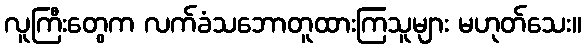
လူကြီးတွေက လက်ခံသဘောတူထားကြသူများ မဟုတ်သေး။